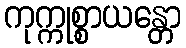
ကုက္ကုစ္စာယန္တော